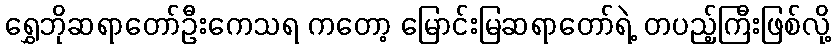
ရွှေဘိုဆရာတော်ဦးကေသရ ကတော့ မြောင်းမြဆရာတော်ရဲ့ တပည့်ကြီးဖြစ်လို့